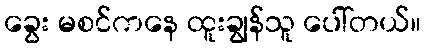
ခွေး မစင်ကနေ ထူးချွန်သူ ပေါ်တယ်။